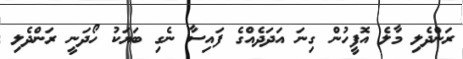
ރަންދެލި މާލެ އޮފީހުން ގިނަ އަދަދެއްގެ ފައިސާ ނެގި ބަޔަކު ހޯދަނީ ރަންދެލި